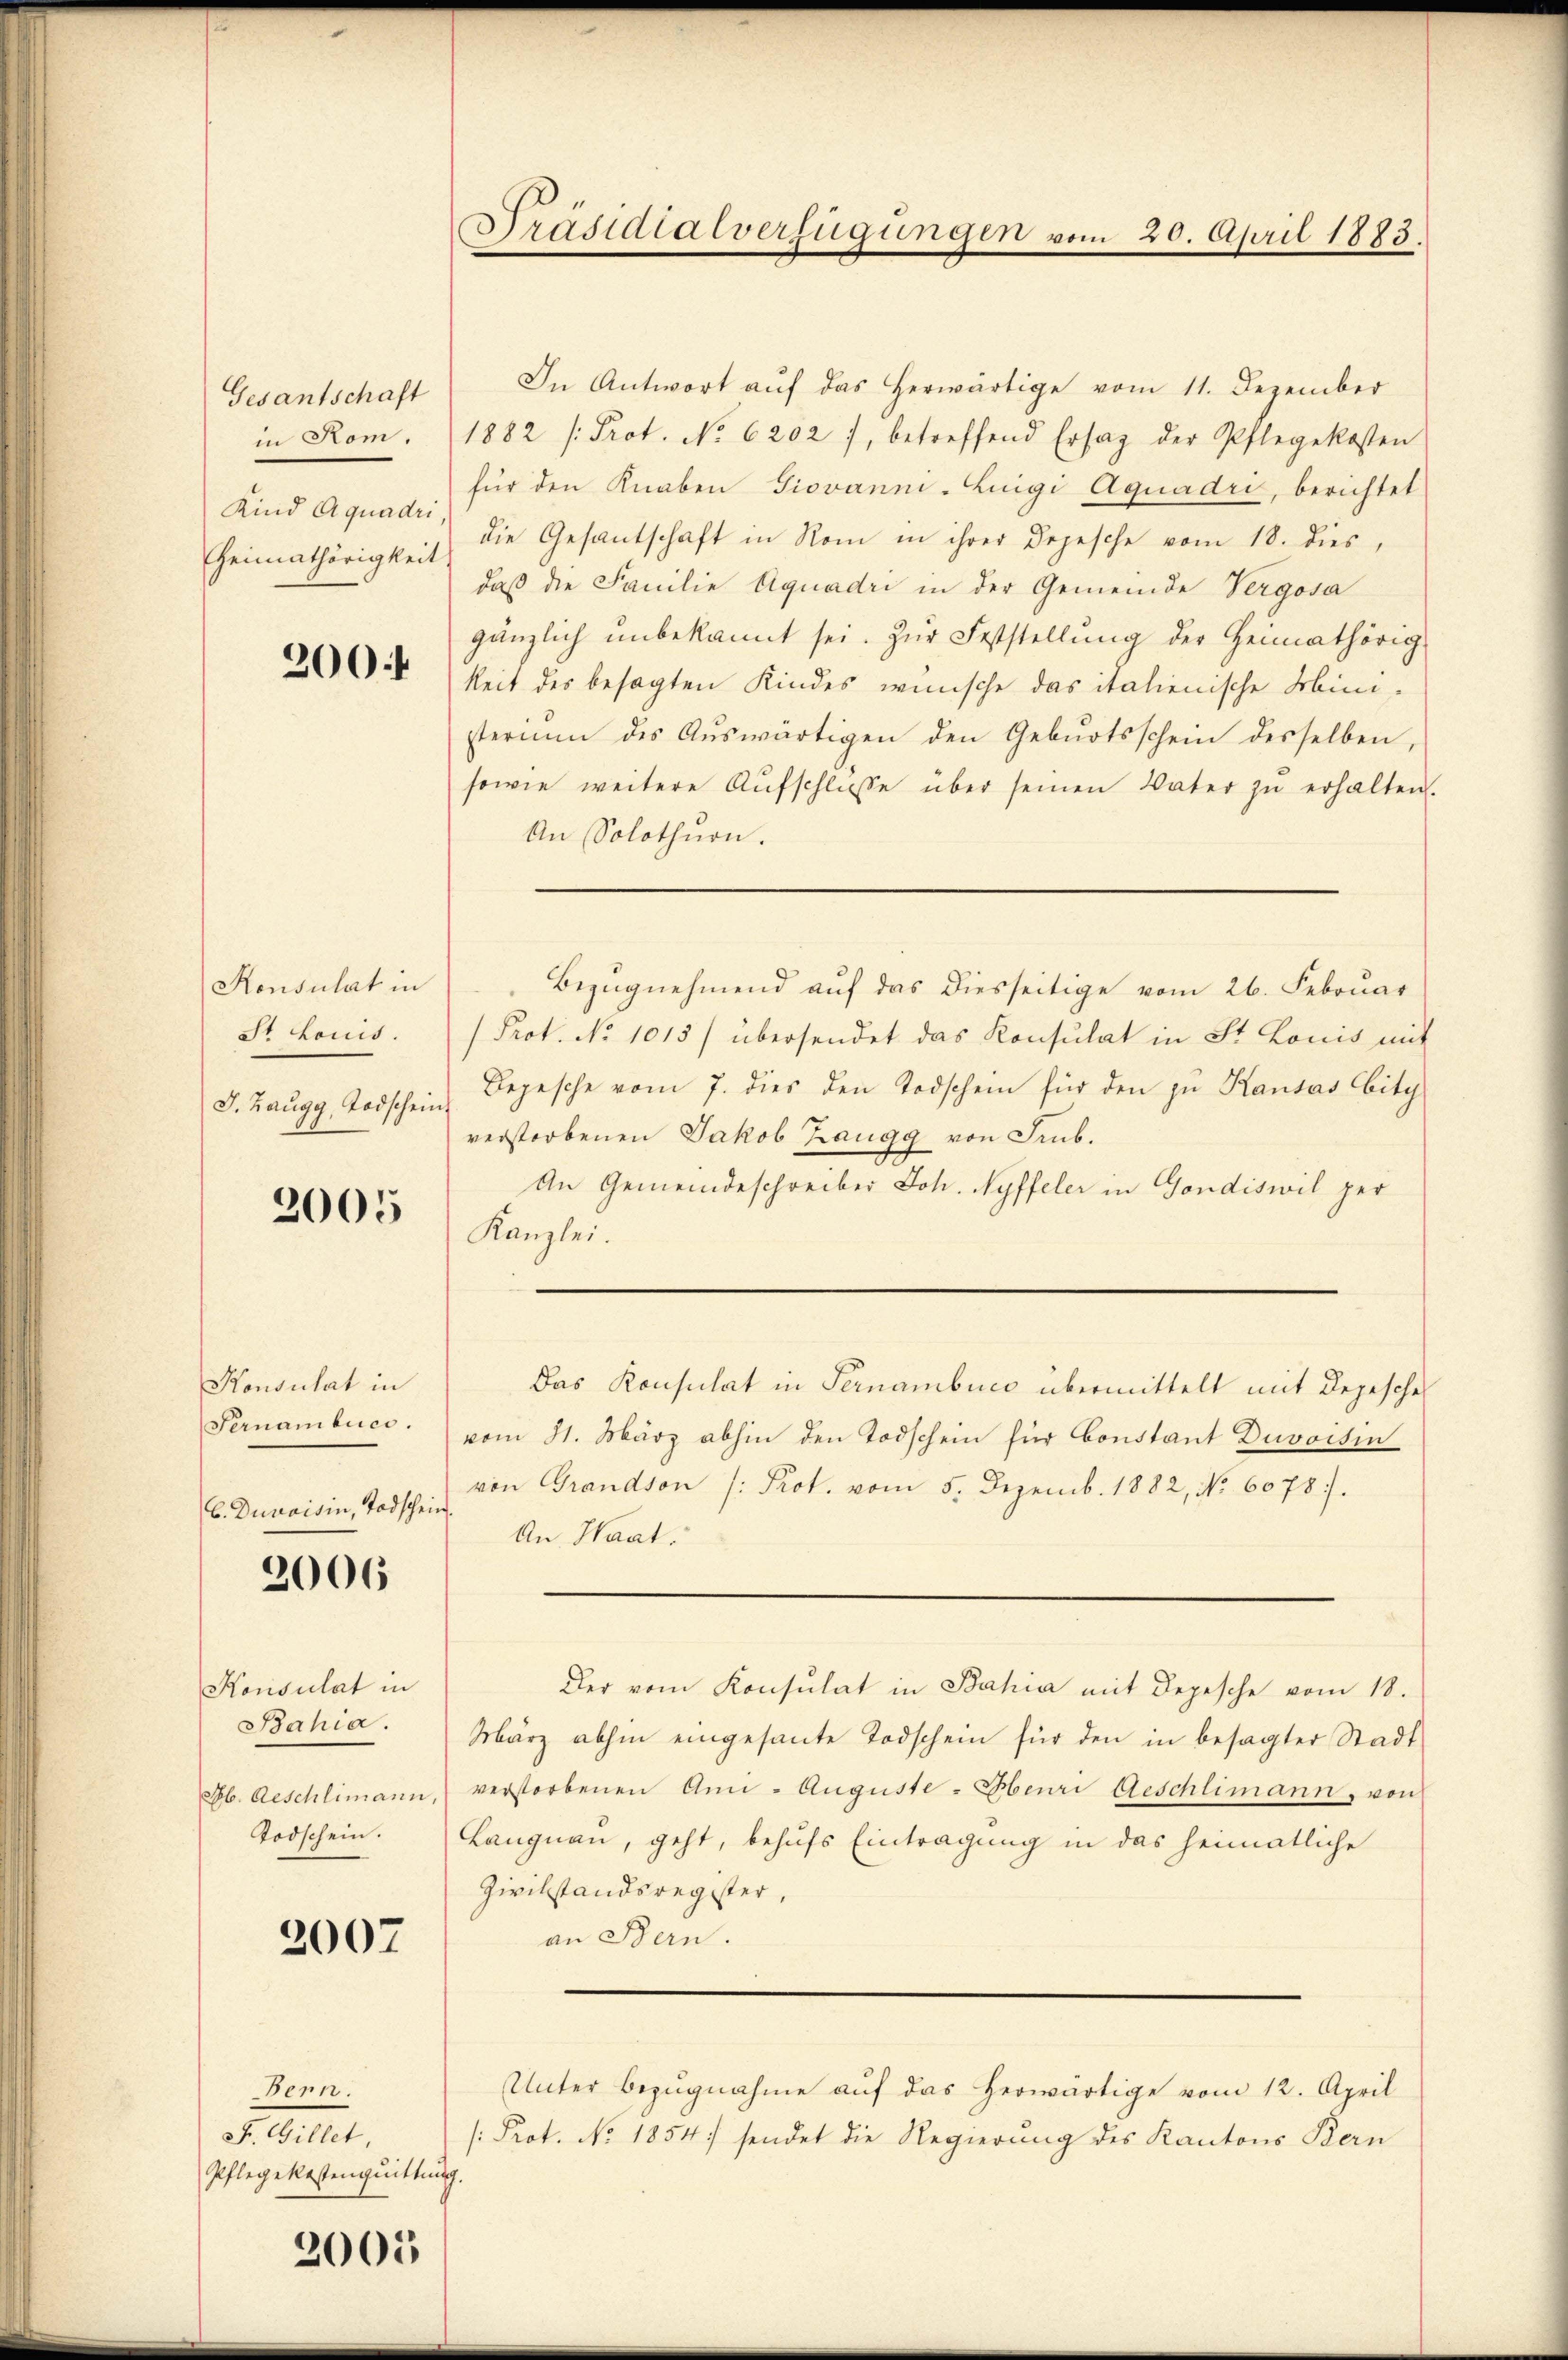
Gesantschaft
in Rom.
Kind Aquadri.
Heimathörigkeit

200

Konsulat in
St. Louis.
J. Zaugg, Todschein

2005

Konsulat in
Sernambucs.
b. Dunaisin, Todschein.

2006

Konsulat in
Bahia.
Mb. Aeschlimann
Todschein.

2007

Bern.
F. Gillet,
Pflegekostenquittung.

2005

Präsidialverfügungen vom 20. April 1883.

In Antwort aŭf das herwärtige vom 11. Dezember
1882 [Prot. No 6202), betreffend Ersaz der Pflegekosten
für den Knaben Giovann-Luigi Aquadri, berichtet
die Gesantschaft in Rom in ihrer Depesche vom 18. dies,
daß die Familie Aquadri in der Gemeinde Vergosa
gänzlich unbekannt sei. Zŭr Feststellŭng der Heimathörig
keit des besagten Kindes wünsche das italienische Ministerium des Auswärtigen den Geburtsschein desselben,
sowie weitere Aŭfschlŭsse über seinen Vater zŭ erhalten.
An Solothurn.
Bezŭgnehmend auf das diesseitige vom 26. Februar
Prot. No 1015/ übersendet das Konsulat in St. Louis mit
Bepesche vom 7. dies den Todschein für den zu Kausas Abity
verstorbenen Jakob Zaugg von Seb.
An Gemeindeschreiber Joh. Nyffeler in Gondiswil per
Kanzlei.
Das Konsulat in Fernambuco übermittelt mit Depesches
vom 31. März abhin den Todschein für Constant Duvoisin
von Grandson (: Prot. vom 5. Dezemb. 1882, No 6078).
An Haat.
Der vom Konsulat in Bahia mit Depesche vom 18.
März abhin eingesante Todschein für den in besagter Stadt
verstorbenen An- Auguste - Henri Geschlimann, von
Langnau, geht, behufs Eintragung in das heimatliche
Zivilstandsregister,
an Bern.
Unter Bezugnahme auf das herwärtige vom 12. April
/: Prot. No. 1854; sendet die Regierung des Kantons Kern